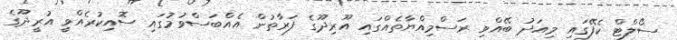
ސޯލްޓް ކެފޭގައި މިއަދު ބޭއްވި ރަސްމިއްޔާތެއްގައި އޫރިދޫގެ ފަރާތުން އެއްބަސްވުމުގައި ސޮއިކުރެއްވީ އުރީދޫގެ